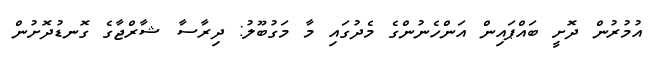
އުމުރުން ދޮށީ ބައްޕައިން އަންހެނުންގެ މެދުގައި މާ މަގުބޫލު: ދިރާސާ ޝާރްޖާގެ ގޮނޑުދޮށުން